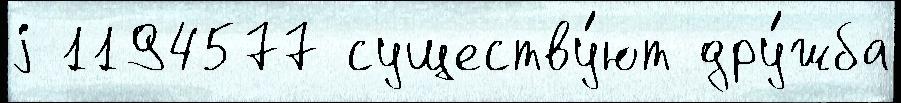
j 1194577 существу́ют дру́жба